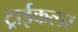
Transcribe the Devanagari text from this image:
ट्राईकलर